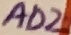
Text: AD2